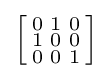
\left[{\begin{smallmatrix}0&1&0\\1&0&0\\0&0&1\\\end{smallmatrix}}\right]